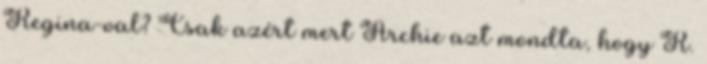
Regina-val? Csak azért mert Archie azt mondta, hogy R.